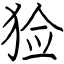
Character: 猃